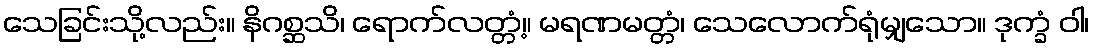
သေခြင်းသို့လည်း။ နိဂစ္ဆသိ၊ ရောက်လတ္တံ့။ မရဏမတ္တံ၊ သေလောက်ရုံမျှသော။ ဒုက္ခံ ဝါ၊